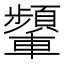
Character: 𨏞